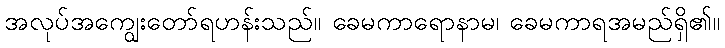
အလုပ်အကျွေးတော်ရဟန်းသည်။ ခေမကာရောနာမ၊ ခေမကာရအမည်ရှိ၏။